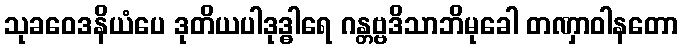
သုခဝေဒနိယံပေ ဒုတိယပါဒုဒ္ဓါရေ ဂန္တဗ္ဗဒိသာဘိမုခေါ တဏှာဝါနတော